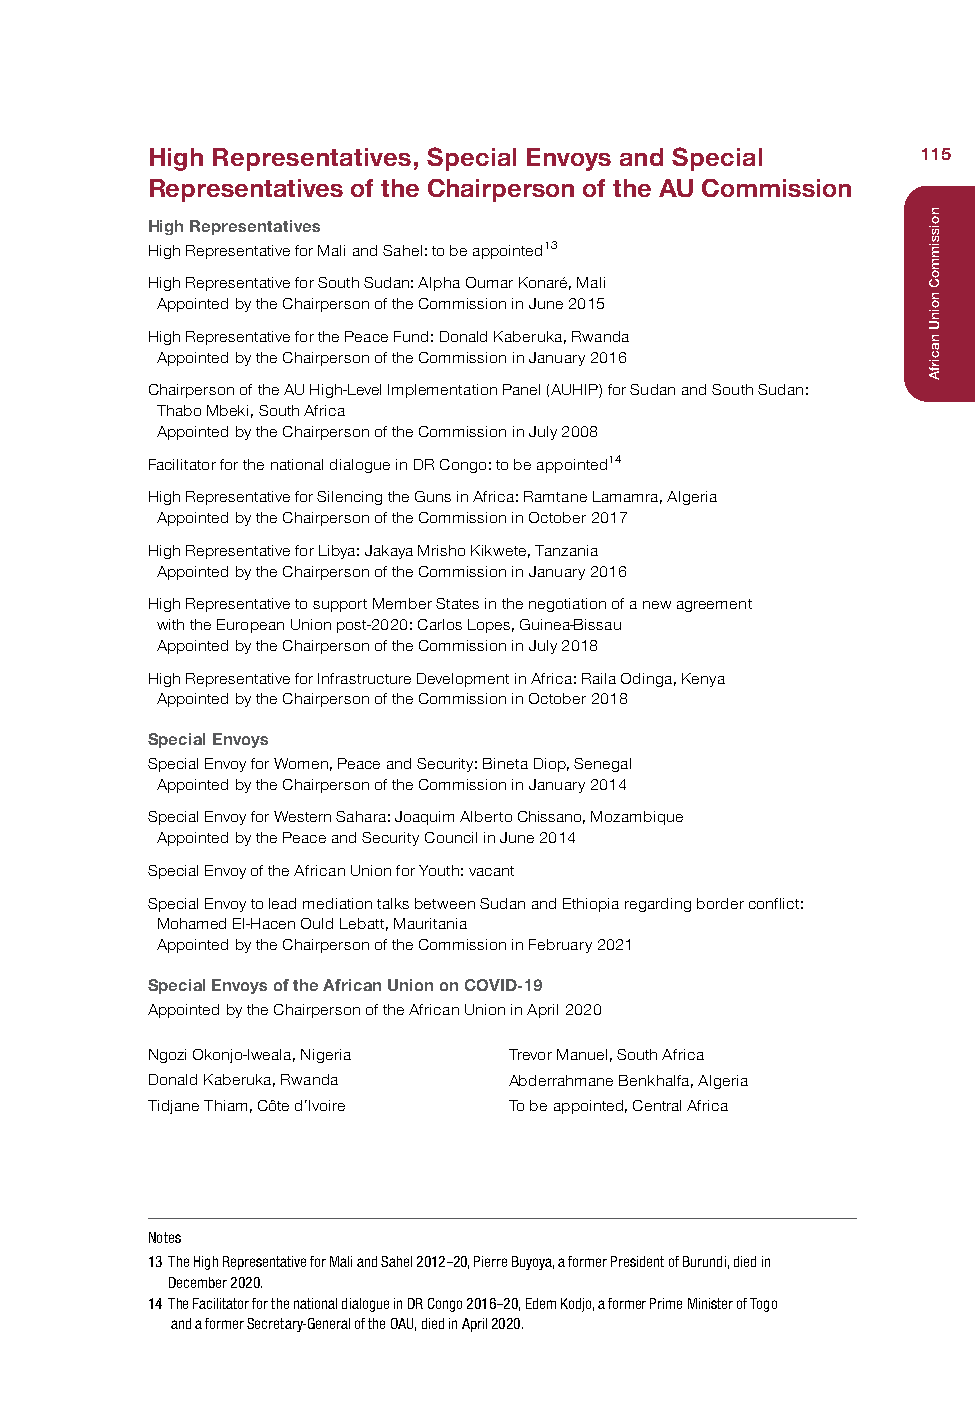
High Representatives, Special Envoys and Special   115
 Representatives of the Chairperson of the AU Commission
 High Representatives
 High Representative for Mali and Sahel: to be appointed13
 High Representative for South Sudan: Alpha Oumar Konaré, Mali
 Appointed by the Chairperson of the Commission in June 2015
 High Representative for the Peace Fund: Donald Kaberuka, Rwanda
 Appointed by the Chairperson of the Commission in January 2016
 Chairperson of the AU High-Level Implementation Panel (AUHIP) for Sudan and South Sudan:
 Thabo Mbeki, South Africa
 Appointed by the Chairperson of the Commission in July 2008
 Facilitator for the national dialogue in DR Congo: to be appointed14
 High Representative for Silencing the Guns in Africa: Ramtane Lamamra, Algeria
 Appointed by the Chairperson of the Commission in October 2017
 High Representative for Libya: Jakaya Mrisho Kikwete, Tanzania
 Appointed by the Chairperson of the Commission in January 2016
 High Representative to support Member States in the negotiation of a new agreement
 with the European Union post-2020: Carlos Lopes, Guinea-Bissau
 Appointed by the Chairperson of the Commission in July 2018
 High Representative for Infrastructure Development in Africa: Raila Odinga, Kenya
 Appointed by the Chairperson of the Commission in October 2018
 Special Envoys
 Special Envoy for Women, Peace and Security: Bineta Diop, Senegal
 Appointed by the Chairperson of the Commission in January 2014
 Special Envoy for Western Sahara: Joaquim Alberto Chissano, Mozambique
 Appointed by the Peace and Security Council in June 2014
 Special Envoy of the African Union for Youth: vacant
 Special Envoy to lead mediation talks between Sudan and Ethiopia regarding border conflict:
 Mohamed El-Hacen Ould Lebatt, Mauritania
 Appointed by the Chairperson of the Commission in February 2021
 Special Envoys of the African Union on COVID-19
 Appointed by the Chairperson of the African Union in April 2020
 Ngozi Okonjo-Iweala, Nigeria Trevor Manuel, South Africa
 Donald Kaberuka, Rwanda Abderrahmane Benkhalfa, Algeria
 Tidjane Thiam, Côte d’Ivoire To be appointed, Central Africa
 Notes
 13 The High Representative for Mali and Sahel 2012–20, Pierre Buyoya, a former President of Burundi, died in
 December 2020.
 14 The Facilitator for the national dialogue in DR Congo 2016–20, Edem Kodjo, a former Prime Minister of Togo
 and a former Secretary-General of the OAU, died in April 2020.
 noissimmoC
 noinU
 nacirfA